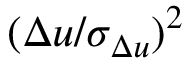
{ ( \Delta u / \sigma _ { \Delta u } ) } ^ { 2 }